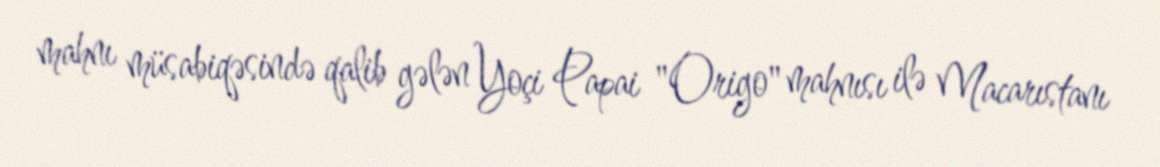
mahnı müsabiqəsində qalib gələn Yoçi Papai "Origo" mahnısı ilə Macarıstanı